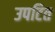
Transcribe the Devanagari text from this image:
उपटित